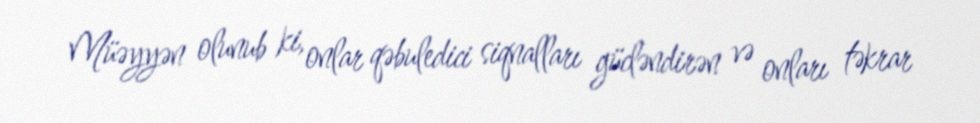
Müəyyən olunub ki, onlar qəbuledici siqnalları gücləndirən və onları təkrar